65_HS1-834228961_62-HQ-83894_Section_4
Agency: FBI
Page 126
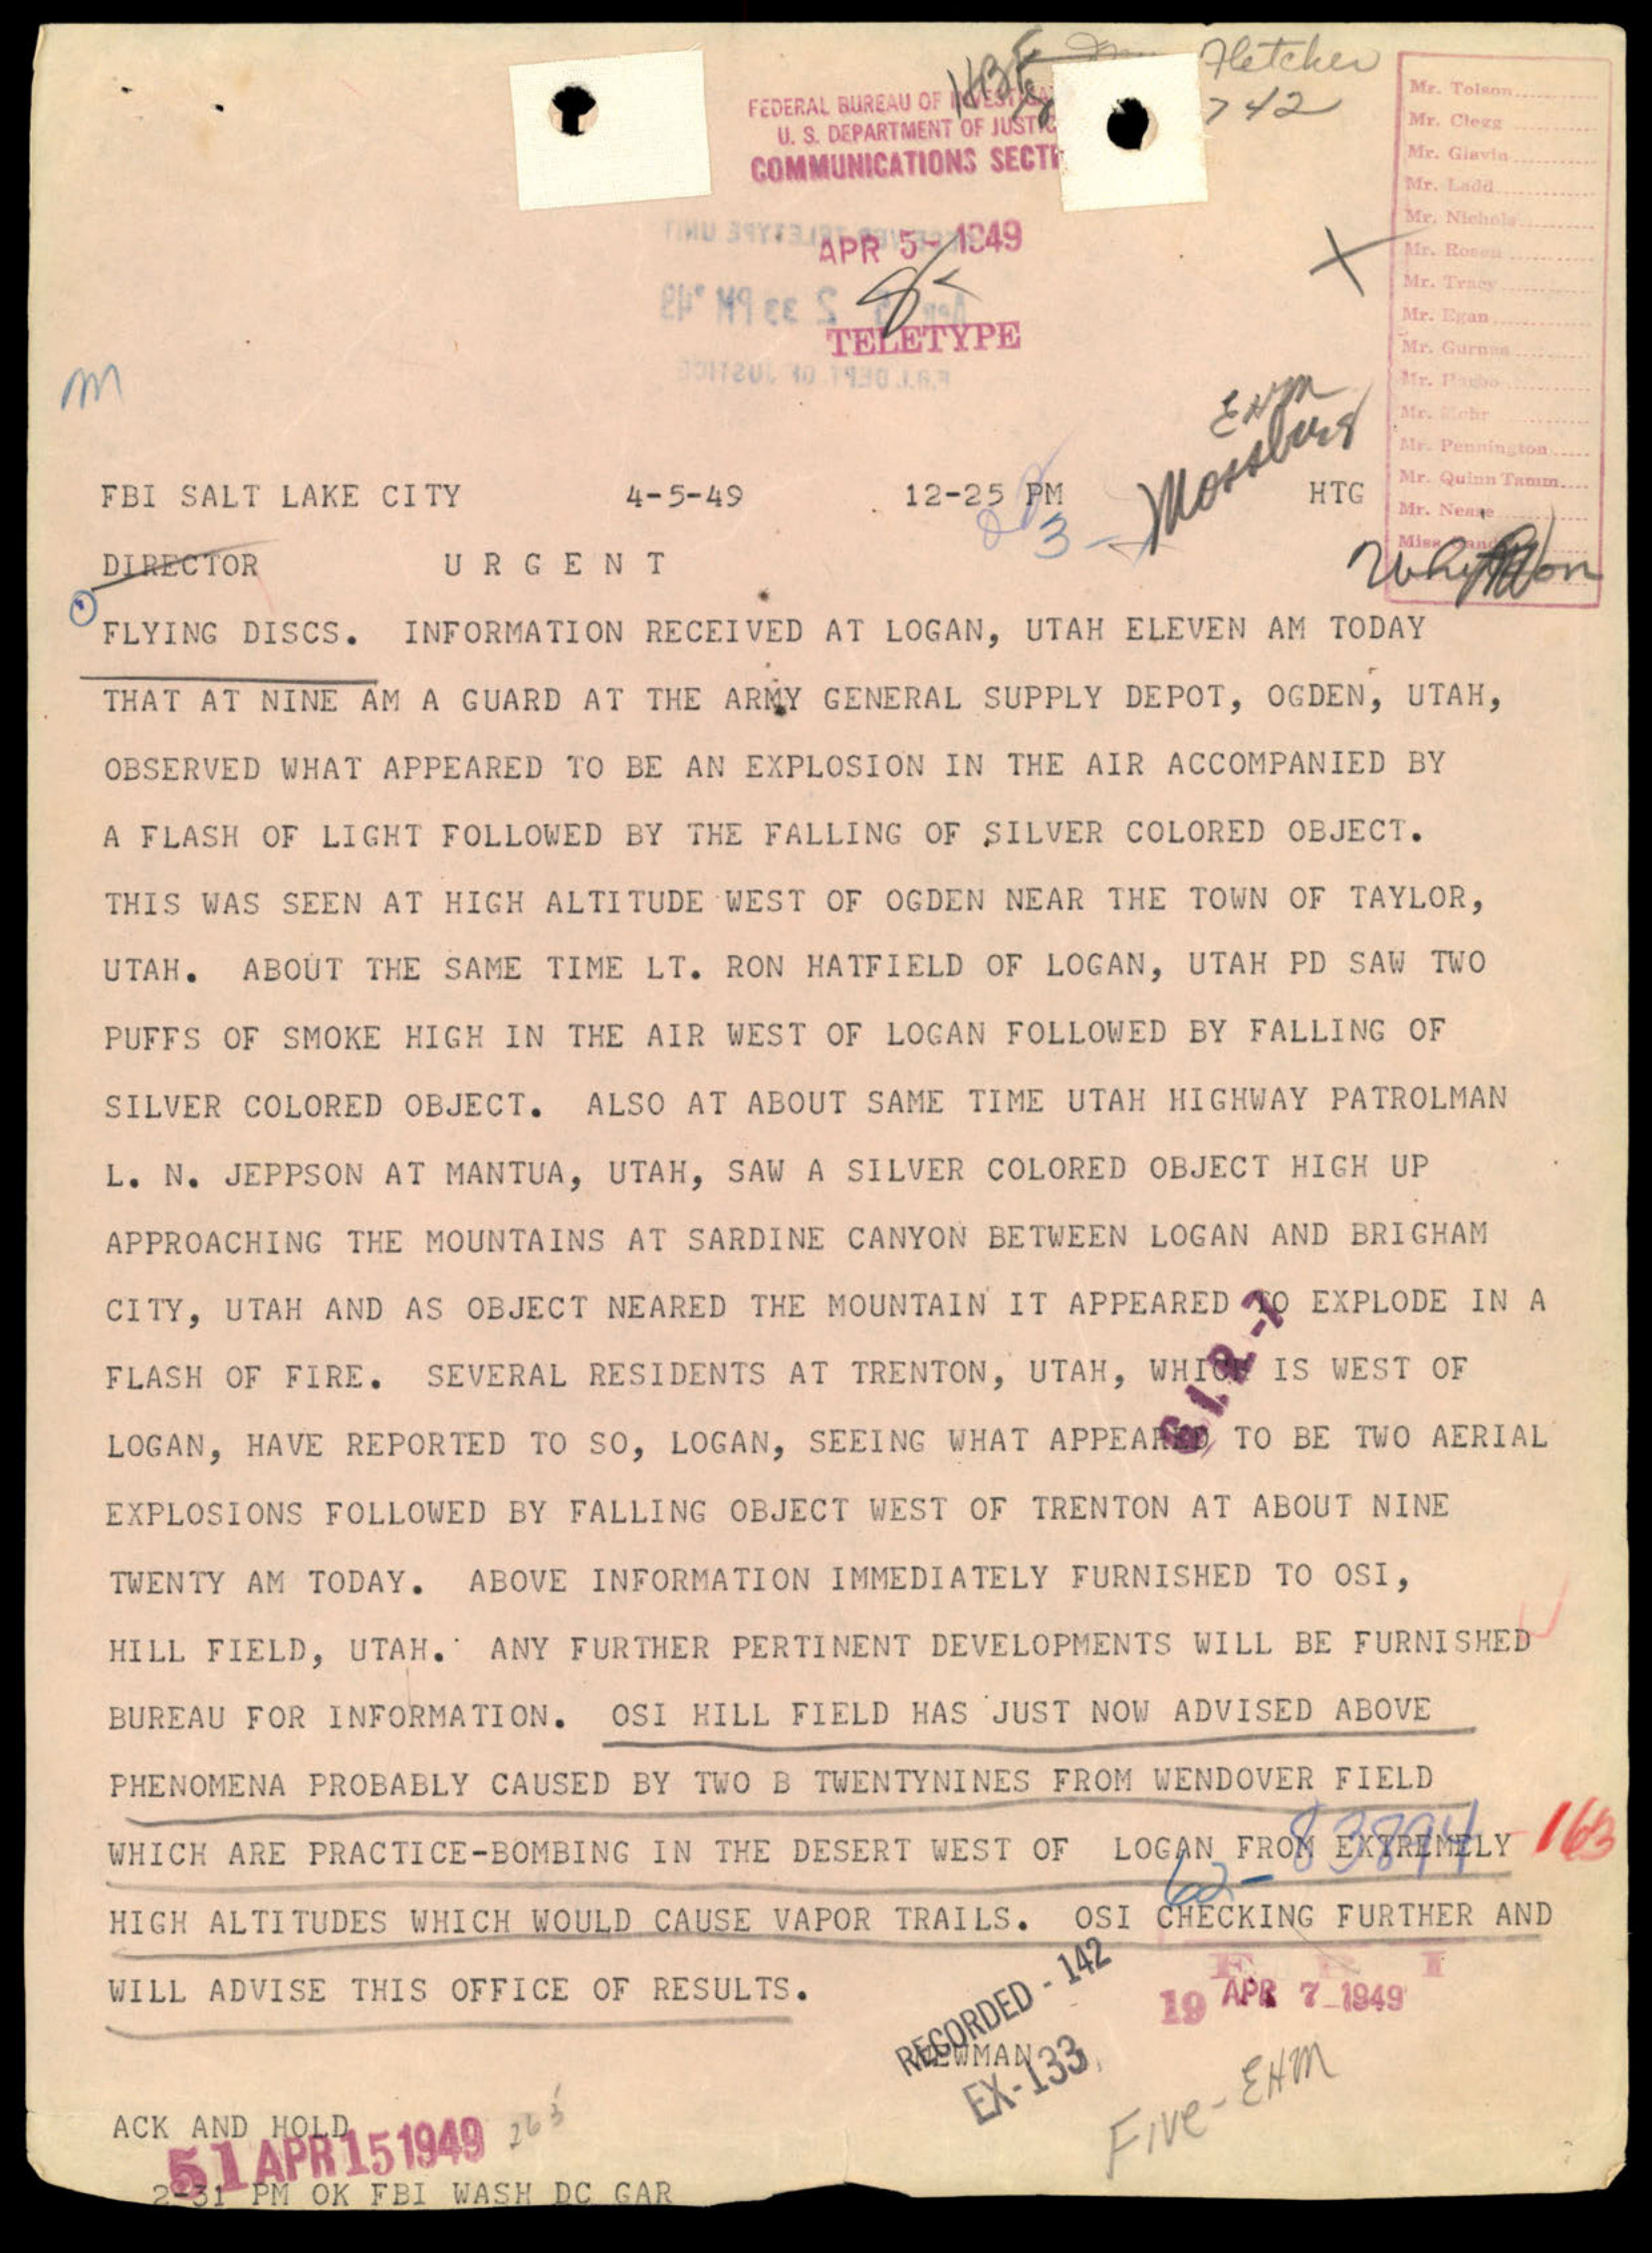